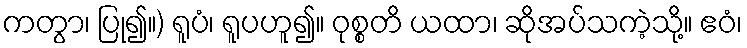
ကတွာ၊ ပြု၍။) ရူပံ၊ ရူပဟူ၍။ ဝုစ္စတိ ယထာ၊ ဆိုအပ်သကဲ့သို့။ ဧဝံ၊